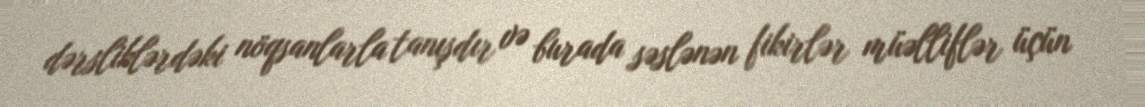
dərsliklərdəki nöqsanlarla tanışdır və burada səslənən fikirlər müəlliflər üçün